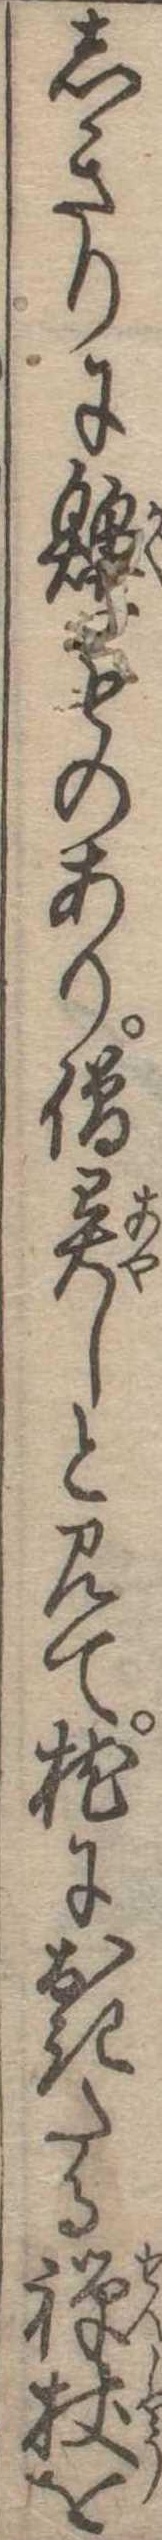
しきりにものあり僧異しと見て枕におきたる禅杖を